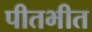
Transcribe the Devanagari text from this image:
पीतभीत